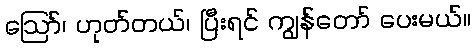
ဪ၊ ဟုတ်တယ်၊ ပြီးရင် ကျွန်တော် ပေးမယ်။